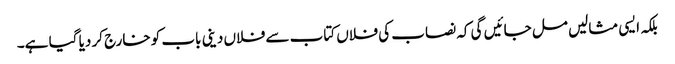
بلکہ ایسی مثالیں مل جائیں گی کہ نصاب کی فلاں کتاب سے فلاں دینی باب کو خارج کر دیا گیا ہے۔